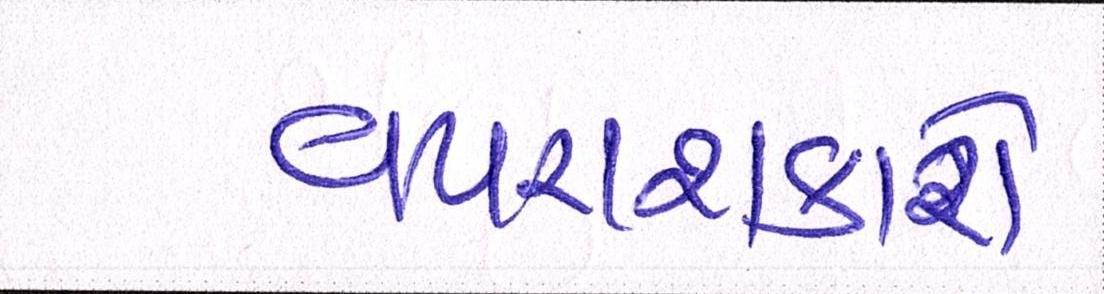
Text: વપરાશકારો